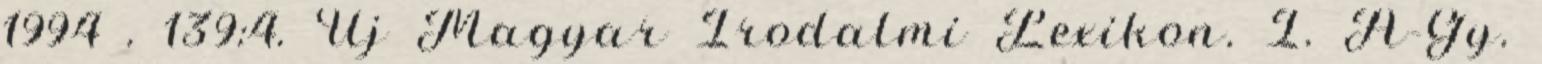
1994 . 139:4. Új Magyar Irodalmi Lexikon. I. A-Gy.